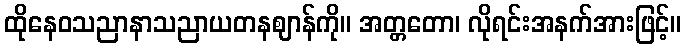
ထိုနေဝသညာနာသညာယတနဈာန်ကို။ အတ္တတော၊ လိုရင်းအနက်အားဖြင့်။